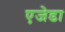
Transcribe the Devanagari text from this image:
एजेडा